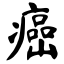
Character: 癌